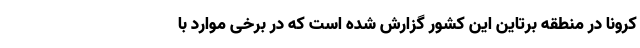
کرونا در منطقه برتاین این کشور گزارش شده است که در برخی موارد با